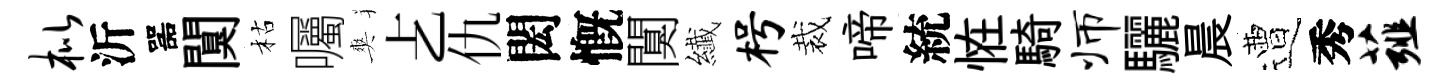
枇沂噐闃枯囑爽𠧒仇閎慨闃纎枵裁啼統恠騎师驪晨遭秀薤